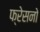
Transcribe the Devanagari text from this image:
फ्रेसनो